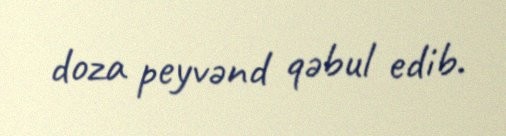
doza peyvənd qəbul edib.